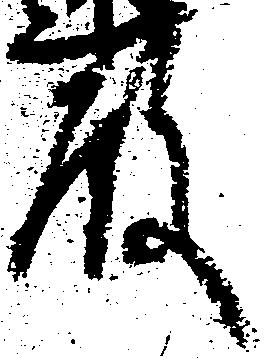
殿